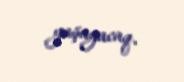
yaşayacaq.